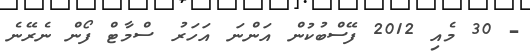
- 30 މެއި 2012 ފޭސްބުކުން އަންނަ އަހަރު ސްމާޓް ފޯން ނެރޭނެ